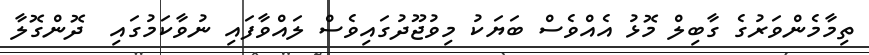
ތިމާމެންވަރުގެ ގާބިލް މޮޅު އެއްވެސް ބަޔަކު މިވުޖޫދުގައިވެސް ލައްވާފައި ނުވާކަމުގައި  ދޮންގޮލާ